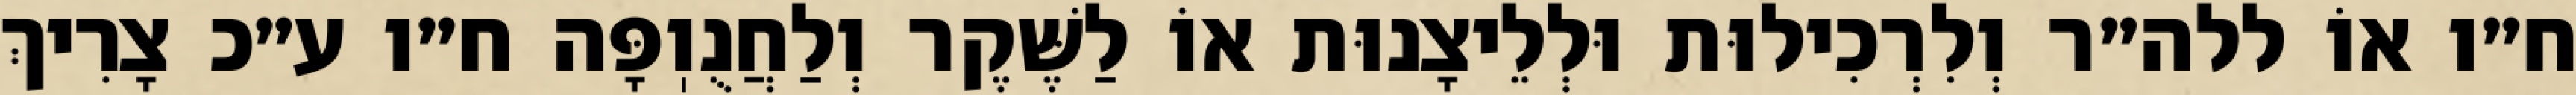
ח״ו אוֹ ללה״ר וְלִרְכִילוּת וּלְלֵיצָנוּת אוֹ לַשֶּׁקֶר וְלַחֲנֻוֽפָּה ח״ו ע״כ צָרִיךְ